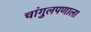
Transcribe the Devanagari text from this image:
चांगुलपणाला